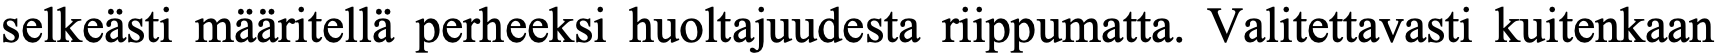
selkeästi määritellä perheeksi huoltajuudesta riippumatta. Valitettavasti kuitenkaan